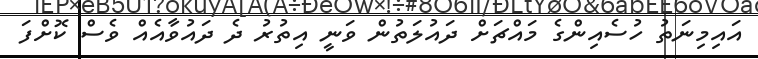
އައިމިނަތު ހުސެއިންގެ މައްޗަށް ދައުލަތުން ވަނީ އިތުރު ދެ ދައުވާއެއް ވެސް ކޮށްފަ